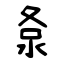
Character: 洜